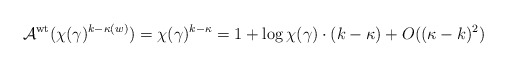
\begin{align*} \mathcal{A}^{\rm wt}(\chi (\gamma)^{k-\kappa (w)})= \chi (\gamma)^{k-\kappa} =1+\log\chi(\gamma)\cdot (k-\kappa) + O((\kappa-k)^2) \end{align*}